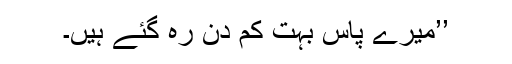
’’میرے پاس بہت کم دن رہ گئے ہیں۔